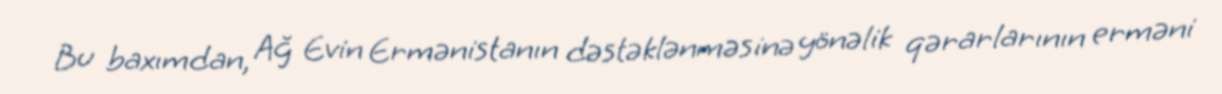
Bu baxımdan, Ağ Evin Ermənistanın dəstəklənməsinə yönəlik qərarlarının erməni